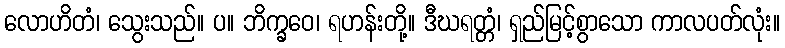
လောဟိတံ၊ သွေးသည်။ ပ။ ဘိက္ခဝေ၊ ရဟန်းတို့။ ဒီဃရတ္တံ၊ ရှည်မြင့်စွာသော ကာလပတ်လုံး။